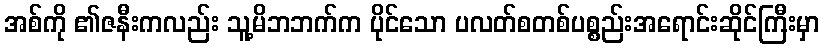
အစ်ကို ၏ဇနီးကလည်း သူ့မိဘဘက်က ပိုင်သော ပလတ်စတစ်ပစ္စည်းအရောင်းဆိုင်ကြီးမှာ